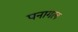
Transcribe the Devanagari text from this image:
पनागल